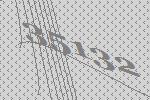
35132